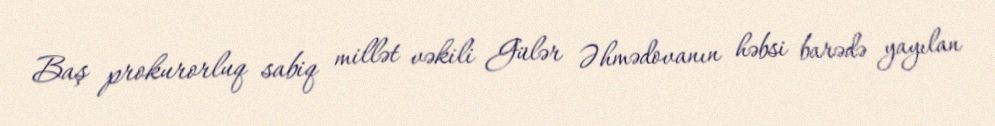
Baş prokurorluq sabiq millət vəkili Gülər Əhmədovanın həbsi barədə yayılan